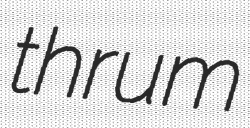
thrum